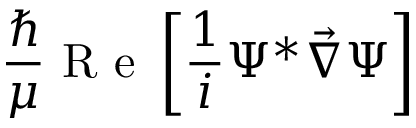
\frac { \hbar } { \mu } \mathrm { ~ R ~ e ~ } \left[ \frac { 1 } { i } \Psi ^ { * } \vec { \nabla } \Psi \right]